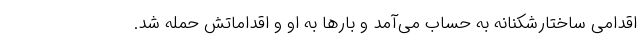
اقدامی ساختارشکنانه به حساب می‌آمد و بارها به او و اقداماتش حمله شد.